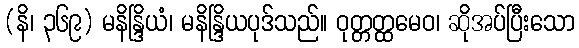
(နိ၊ ၃၆၉) မနိန္ဒြိယံ၊ မနိန္ဒြိယပုဒ်သည်။ ဝုတ္တတ္ထမေဝ၊ ဆိုအပ်ပြီးသော